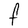
Character: F